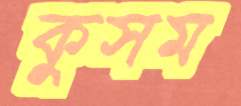
কুসম